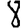
Digit: 8